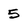
Character: 5